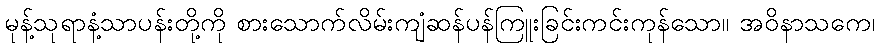
မုန့်သုရာနံ့သာပန်းတို့ကို စားသောက်လိမ်းကျံဆန်ပန်ကြူးခြင်းကင်းကုန်သော။ အဝိနာသကေ၊